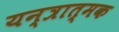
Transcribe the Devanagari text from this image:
यन्त्रात्मक